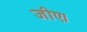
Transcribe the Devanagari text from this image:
जीए।